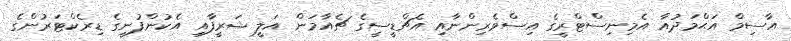
އާސިމް އަޙްމަދުއާ އެމިނިސްޓްރީގެ އިސްވެރިންނާއި އެޗްޑީސީގެ ޗެއާމަން އަލީ ޝަރީފާއި އެކުންފުނީގެ ޑިރެކްޓަރުންގެ